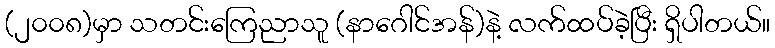
(၂၀၀၈)မှာ သတင်းကြေညာသူ (နာဂေါင်အန်)နဲ့ လက်ထပ်ခဲ့ပြီး ရှိပါတယ်။